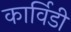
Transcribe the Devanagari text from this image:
कार्विडी